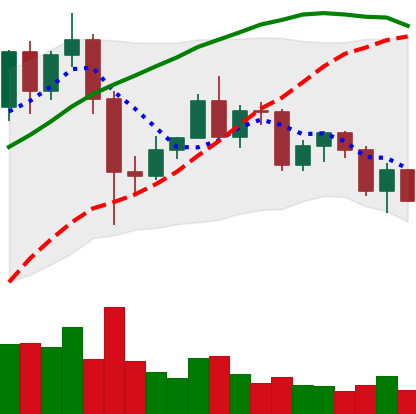
Ticker: LINK-USD
Chart end date: 2020-12-10
Forward return: 6.57%
Label: up_5_7